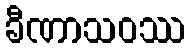
ခီဏာသဝဿ